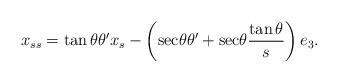
LaTeX: \begin{align*}x_{ss}=\tan \theta \theta ^{\prime}x_s-\left( \mathrm{sec}\theta \theta ^{\prime}+\mathrm{sec}\theta \frac{\tan \theta }{s}\right) e_3. \end{align*}